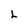
Character: 2